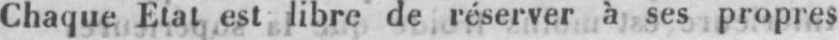
Chaque Etat est libre de réserver à ses propres